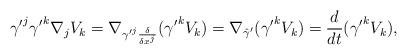
LaTeX: \begin{align*}{\gamma^{\prime}}^j{\gamma^{\prime}}^k\nabla_jV_k=\nabla_{{\gamma^{\prime}}^j\frac{\delta}{\delta x^j}}({\gamma^{\prime}}^kV_k)=\nabla_{\hat\gamma^{\prime}}({\gamma^{\prime}}^kV_k)=\frac{d}{dt}({\gamma^{\prime}}^kV_k),\end{align*}